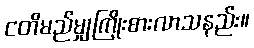
ငတိမည်မျှကြိုးစားလာသနည်း။